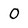
Character: O